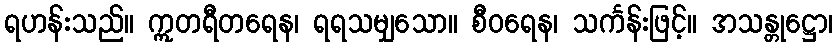
ရဟန်းသည်။ ဣတရီတရေန၊ ရရသမျှသော။ စီဝရေန၊ သင်္ကန်းဖြင့်။ အသန္တုဋ္ဌော၊